system: You are a helpful assistant.
user:
Analyze the provided spectrum to determine if it is a **S-type Star**.

- **Key Indicators for S-type Star:**

    - **(Overall Spectrum Shape):** The first and most obvious characteristic is the overall continuum (the "baseline" shape). It is **extremely "red-sloping,"** meaning the flux (light intensity) is very low on the left side (blue, ~4000-4500 Å) and rises steeply and continuously toward the right side (red, ~7000 Å+).

    - **(Primary):** The spectrum is defined by the presence of strong, broad molecular absorption "valleys" (bands) from **Zirconium Oxide (ZrO)**. The identification of these bands is the **primary requirement** for classifying a star as S-type.
        - **(Key Bandheads):** You must find distinct, deep "dips" where the light has been absorbed. The most critical band systems to locate are:
            - **~6474 Å** ($\gamma$-system): This is often the strongest and clearest ZrO feature, found in the red part of the spectrum.
            - **~5718 Å** & **~5551 Å** ($\beta$-system): A pair of prominent absorption features in the yellow-orange part of the spectrum.
            - **~4640 Å** ($\alpha$-system): A key absorption band system in the blue-green region of the spectrum.

    - **(Secondary Confirmation):** The classification is strengthened by finding additional absorption bands from other related heavy element oxides, which are expected to be present alongside ZrO.
        - **(Key Bandheads):**
            - **Yttrium Oxide (YO):** Look for absorption dips near **~4800 Å** and **~6100 Å**.
            - **Lanthanum Oxide (LaO):** Additional absorption features, particularly in the red-orange part of the spectrum, are also characteristic.

    - **(Line Profile):** The combination of the steep red continuum and these numerous, deep molecular bands (ZrO, YO, etc.) gives the entire spectrum a very **"chopped-up"** or **"bumpy"** appearance. Instead of a smooth curve, the spectrum looks as though large, wide chunks of light have been "carved out" of it at the specific wavelengths listed above.

Think first, call **spectral_visualization_tool** if needed to examine features in detail, then provide your final answer. Your response must adhere to the following strict rules:
1.  **Overall Structure:** Your response must follow the format `<think>...</think> <tool_call>...</tool_call> (if a tool is used) <answer>...</answer>`.
2.  **Tool Usage Constraint:** You may only make **one** tool call per turn.
3.  **Final Answer Format:** In the `<answer>` tag, your conclusion must be inside a `\boxed{}` command (e.g., `\boxed{YES}` or `\boxed{NO}`), followed by your justification.

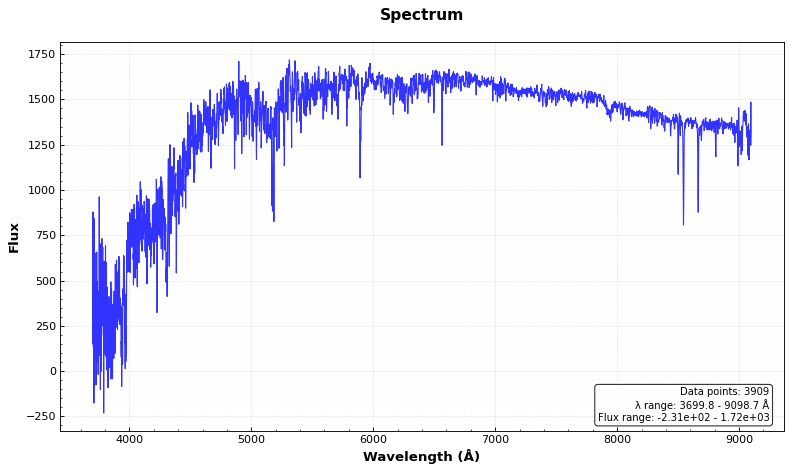
Answer: NO